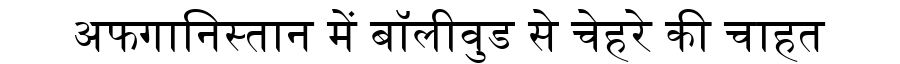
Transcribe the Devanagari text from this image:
अफगानिस्तान में बॉलीवुड से चेहरे की चाहत